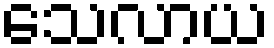
သေလာယ